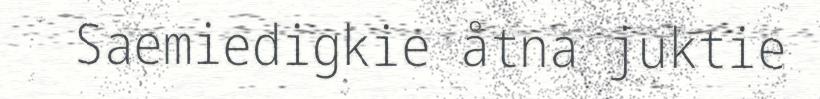
Saemiedigkie åtna juktie